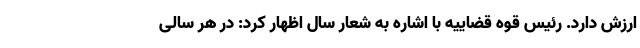
ارزش دارد. رئیس قوه قضاییه با اشاره به شعار سال اظهار کرد: در هر سالی